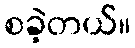
စခဲ့တယ်။